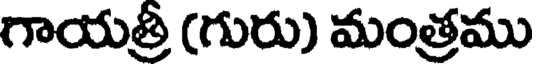
గాయత్రీ (గురు) మంత్రము